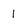
Character: 1